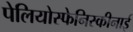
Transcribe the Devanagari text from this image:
पेलियोस्फेनिस्कीनाई